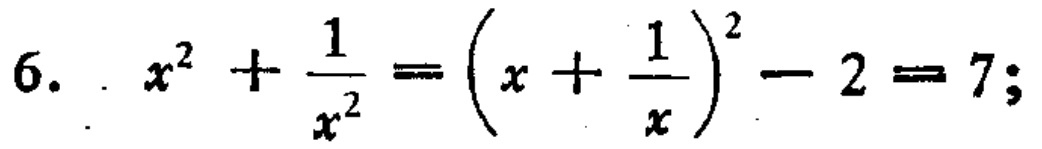
\[6.\ \ x^{2}+\frac{1}{x^{2}}=\left(x + \frac{1}{x}\right)^{2}-2 = 7;\]